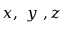
x , \ y \ , z